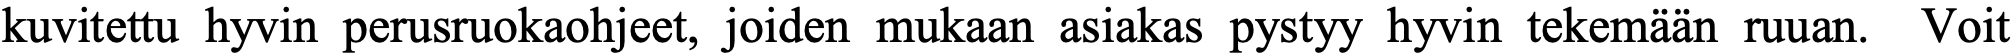
kuvitettu hyvin perusruokaohjeet, joiden mukaan asiakas pystyy hyvin tekemään ruuan. Voit